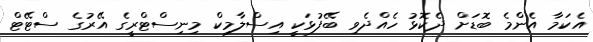
އެކަމާ އެންމެ ބޮޑަށް ދެކޮޅު ހެއްދެވި ބޭފުޅަކީ އިސްލާމިކް މިނިސްޓްރީގެ އޭރުގެ ސްޓޭޓް